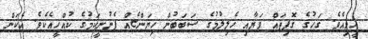
ހީވިއެވެ. ގަހުގެ ގޮފިތައް ވަޔާއި ހެލިލުމުގެ ސަބަބުން ހިޔަންޏެއް ފެނުނީކަމުގެ ކުއްހީއެކެވެ. އެކަން